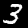
Digit: 3